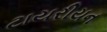
ટાયરીયન